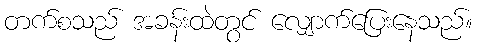
တက်စသည် အခန်းထဲတွင် လျှောက်ပြေးနေသည်။